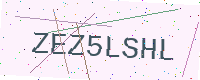
Text: ZEZ5LSHL